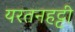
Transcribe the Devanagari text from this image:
यरतनहट्टी